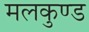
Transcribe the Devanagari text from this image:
मलकुण्ड